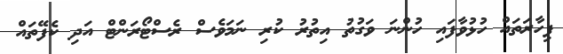
ފިހާރަތައް ހުޅުވާފައި ހުންނަ ވަގުތު އިތުރު ކުރި ނަމަވެސް ރެސްޓޯރަންޓް އަދި ކެފޭތައް